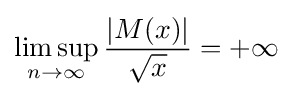
\limsup _{n\to \infty }{\frac {|M(x)|}{\sqrt {x}}}=+\infty